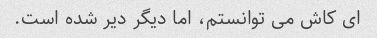
ای کاش می توانستم، اما دیگر دیر شده است.